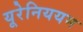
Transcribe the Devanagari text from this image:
यूरेनिययम